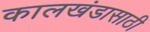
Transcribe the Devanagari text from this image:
कालखंडासाठी